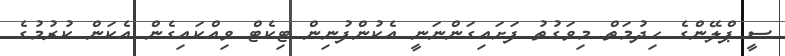
ސީ ޕްލޭންގެ ހިދުމަތް މިވަގުތު ފަށައިގަންނަނީ އެކުންފުނިން ޓިކެޓް ވިއްކައިގެން އެކަން ކުރުމުގެ